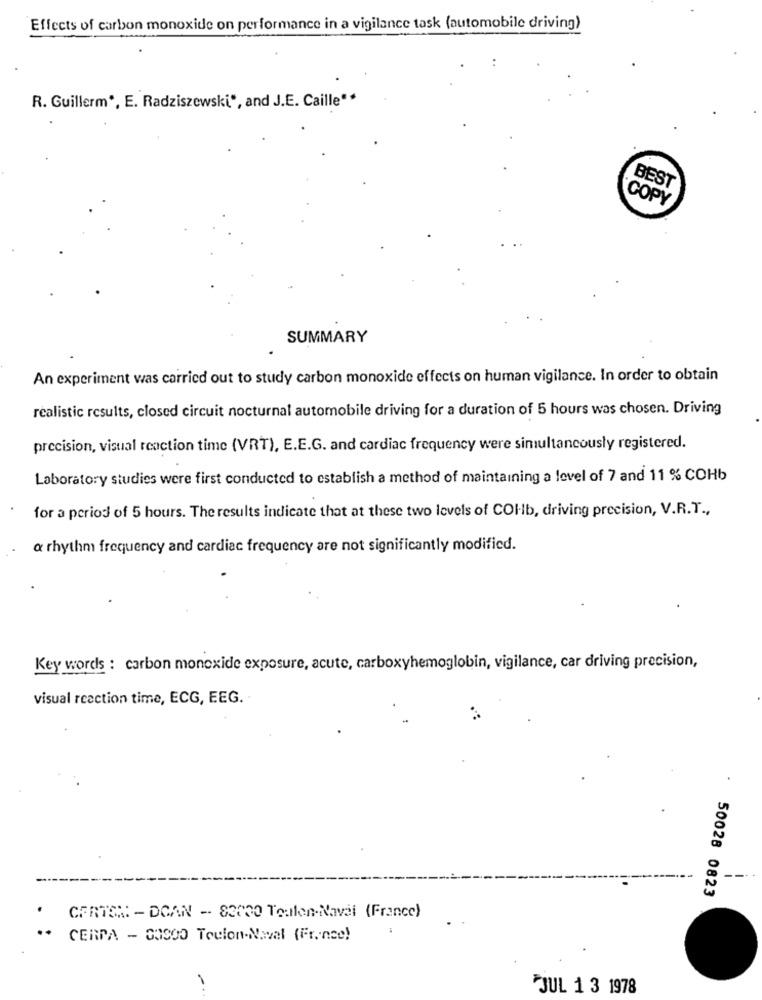
Effects of carbon monoxide on performance in a vigilance task (automobile driving)
R. Guillerm *, E. Radziszewski", and J.E. Caille"*
BEST
COPY
SUMMARY
An experiment was carried out to study carbon monoxide effects on human vigilance. In order to obtain
realistic results, closed circuit nocturnal automobile driving for a duration of 5 hours was chosen. Driving
precision, visual reaction time (VRT), E.E.G. and cardiac frequency were simultaneously registered.
Laboratory studies were first conducted to establish a method of maintaining a level of 7 and 11 % COHb
for a period of 5 hours. The results indicate that at these two levels of COHb, driving precision, V.R.T .,
& rhythm frequency and cardiac frequency are not significantly modified.
Key words : carbon monoxide exposure, acute, carboxyhemoglobin, vigilance, car driving precision,
visual reaction time, ECG, EEG.
50028 0823
CERTOM - DOAN - 83030 Toulon-Naval (France)
CERPA - 80800 Toulon-Nwval (France)
JUL 1 3 1978